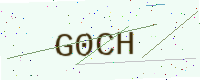
Text: G0CH